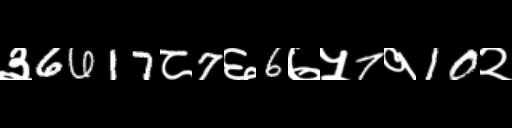
Text: ३6617८7६6७५7१10२